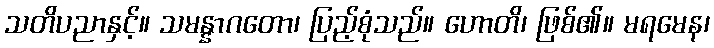
သတိပညာနှင့်။ သမန္နာဂတော၊ ပြည့်စုံသည်။ ဟောတိ၊ ဖြစ်၏။ မရမေန၊